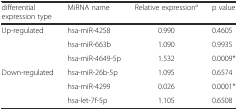
<table><thead><tr><td><b>differential expression type</b></td><td><b>MiRNA name</b></td><td><b>Relative expression<sup>a</sup></b></td><td><b>p value</b></td></tr></thead><tbody><tr><td rowspan="3">Up-regulated</td><td>hsa-miR-4258</td><td>0.990</td><td>0.4605</td></tr><tr><td>hsa-miR-663b</td><td>1.090</td><td>0.9935</td></tr><tr><td>hsa-miR-4649-5p</td><td>1.532</td><td>0.0009*</td></tr><tr><td rowspan="3">Down-regulated</td><td>hsa-miR-26b-5p</td><td>1.095</td><td>0.6574</td></tr><tr><td>hsa-miR-4299</td><td>0.026</td><td>0.0001*</td></tr><tr><td>hsa-let-7f-5p</td><td>1.105</td><td>0.6508</td></tr></tbody></table>